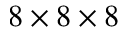
8 \times 8 \times 8